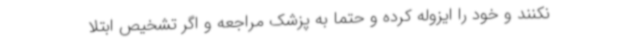
نکنند و خود را ایزوله کرده و حتما به پزشک مراجعه و اگر تشخیص ابتلا